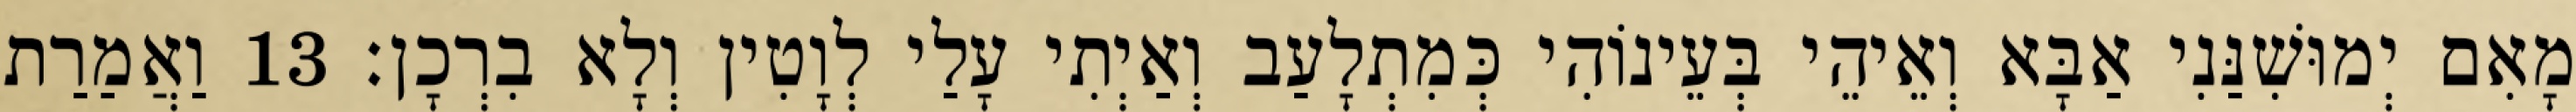
מָאִם יְמוּשִׁנַּנִי אַבָּא וְאֵיהֵי בְּעֵינוֹהִי כְּמִתְלָעַב וְאַיְתִי עָלַי לְוָטִין וְלָא בִרְכָן׃ 13 וַאֲמַרַת